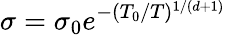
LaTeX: \sigma=\sigma_{0}e^{-(T_{0}/T)^{1/(d+1)}}